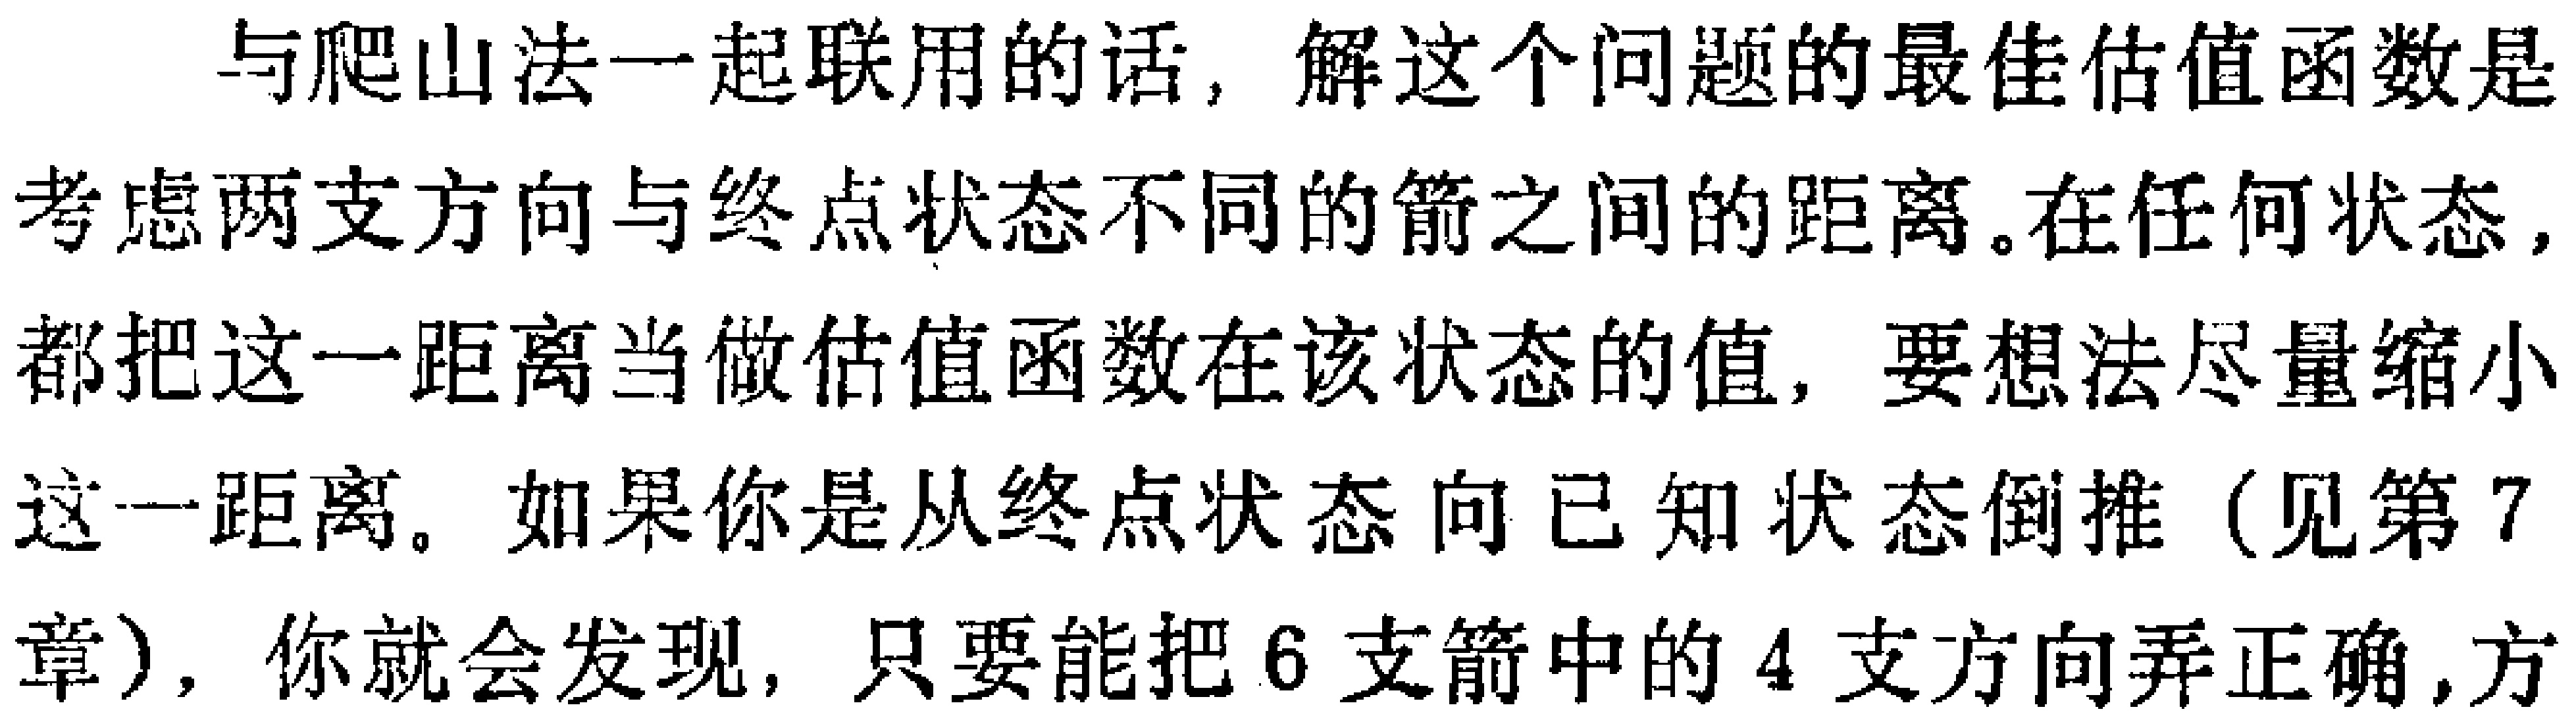
与爬山法一起联用的话，解这个问题的最佳估值函数是考虑两支方向与终点状态不同的箭之间的距离。在任何状态，都把这一距离当做估值函数在该状态的值，要想法尽量缩小这一距离。如果你是从终点状态向已知状态倒推（见第7章），你就会发现，只要能把6支箭中的4支方向弄正确，方